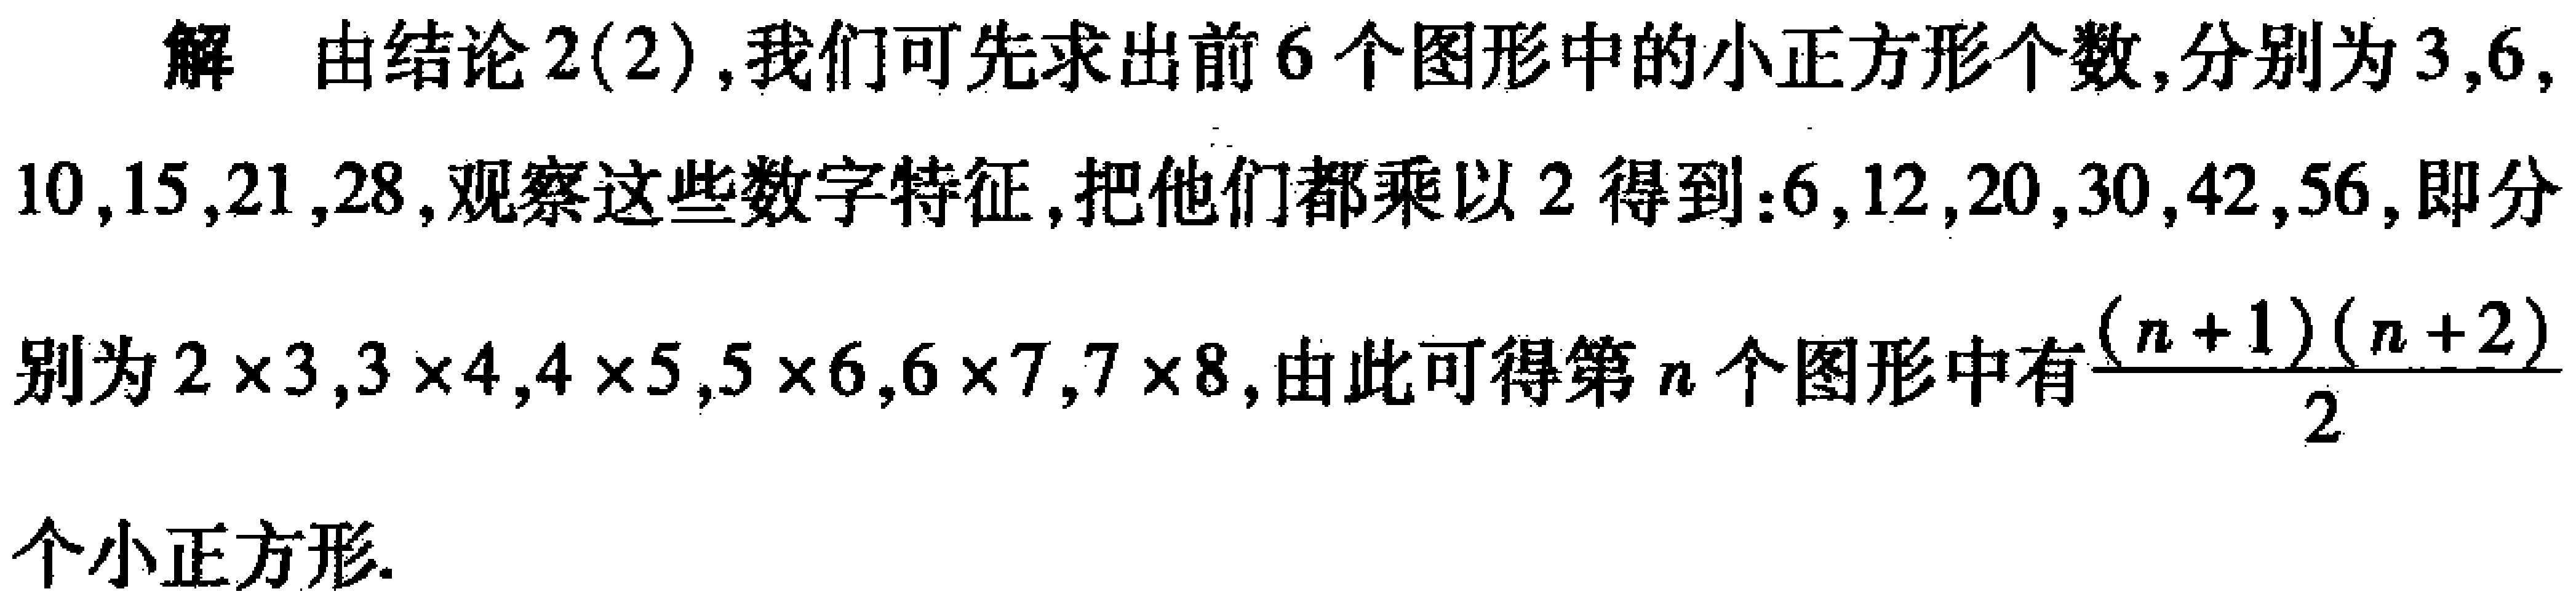
解 由结论2(2),我们可先求出前6个图形中的小正方形个数,分别为3,6,10,15,21,28,观察这些数字特征,把他们都乘以2得到:6,12,20,30,42,56,即分别为\(2\times3,3\times4,4\times5,5\times6,6\times7,7\times8\),由此可得第\(n\)个图形中有\(\frac{(n + 1)(n + 2)}{2}\)个小正方形.